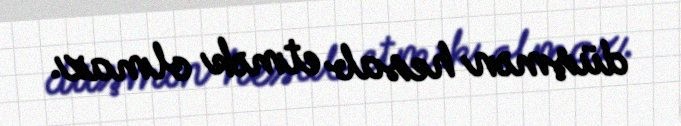
düşmən hesab etmək olmaz.